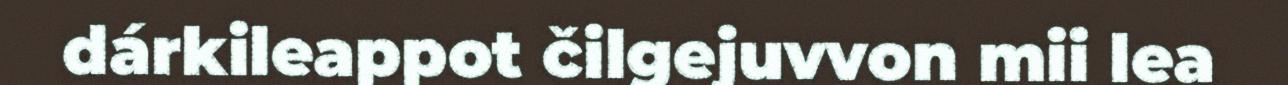
dárkileappot čilgejuvvon mii lea